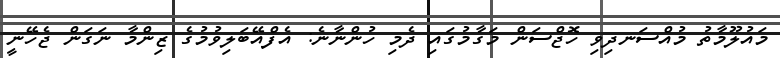
މައުލޫމާތު މުއްސަނދިވި ހޮޖްސަން މަގާމުގައި ދެމި ހުންނާނެ: އެފްއޭބަލިވުމުގެ ޒިންމާ ނަގަން ޖެހޭނީ